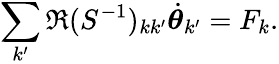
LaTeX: \sum_{k^{\prime}}\Re(S^{-1})_{kk^{\prime}}\dot{{\boldsymbol\theta}}_{k^{\prime}}=F_{k}.